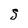
Character: 5